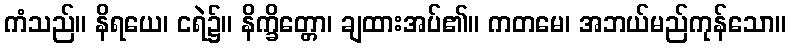
ကံသည်။ နိရယေ၊ ငရဲ၌။ နိက္ခိတ္တော၊ ချထားအပ်၏။ ကတမေ၊ အဘယ်မည်ကုန်သော။